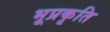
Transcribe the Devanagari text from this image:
भूप्रकृति